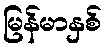
မြန်မာနှစ်